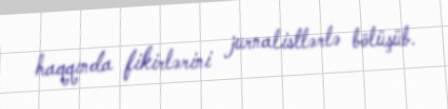
haqqında fikirlərini jurnalistlərlə bölüşüb.